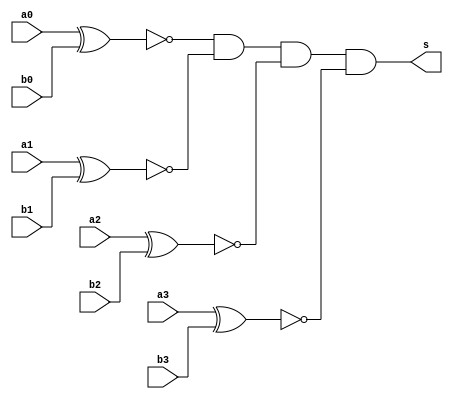
// ------------------------- 
// Exemplo_0807 -   Comparador 
// Nome: Larissa Domingues Gomes 
// -------------------------

// -------------------------
//  comparador para igualdade
// ------------------------- 

module igualdade (output s, input a0, a1, a2, a3, b0, b1, b2, b3);
    
    wire s0, s1, s2, s3;
    
    xnor XNOR0(s0, a0, b0);
    xnor XNOR1(s1, a1, b1);
    xnor XNOR2(s2, a2, b2);
    xnor XNOR3(s3, a3, b3);
    
    assign s = s0 & s1 & s2 & s3;
 
endmodule

// -------------------------
//  comparador para desigualdade
// ------------------------- 
module desigualdade (output s, input a0, a1, a2, a3, b0, b1, b2, b3);
    
    wire s0, s1, s2, s3;
    
    xor XOR0(s0, a0, b0);
    xor XOR1(s1, a1, b1);
    xor XOR2(s2, a2, b2);
    xor XOR3(s3, a3, b3);
    
    assign s = s0 | s1 | s2 | s3;
 
endmodule


module MUX(output s0, input x,y, seletor);
    wire  notseletor, sa1, sa2;
    
    
    not NOT1 (notseletor, seletor);
    and AND1(sa1, x, seletor);
    and AND2(sa2, y, notseletor);
    or OR1  (s0, sa1, sa2);
    
endmodule    



// -------------------------
//  comparador
// ------------------------- 
module comparador (output s, input a0, a1, a2, a3, b0, b1, b2, b3, seletor);
    
    wire d, i;
    
    desigualdade D1(d , a0, a1, a2, a3, b0, b1, b2, b3);
    igualdade I1(i , a0, a1, a2, a3, b0, b1, b2, b3);
    MUX M1(s, d,i, seletor);
    
 
endmodule

module test_igualdade; 
// ------------------------- definir dados       
    reg  [3:0] a;       
    reg  [3:0] b;              
    reg chave;
    wire resp; 
    integer i, j;
 
   comparador Comp(resp, a[0], a[1], a[2], a[3], b[0], b[1], b[2], b[3], chave);
// ------------------------- parte principal  
    initial begin        
        
      
      $display("Exemplo0803 - Larissa Domingues Gomes - 650525");     
      $display("Test LUs igualdade"); 
      
      $display("chave  a    =  b       resp");
      
      $monitor("%b      %b    %b    %b",chave, a, b, resp);
      
    

    for ( i = 0; i < 16; i = i + 1) begin
    for ( j = 0; j < 16; j = j + 1) begin
        #1 a=i; b=j; chave = 1'b0;
    end
    end
   
    for ( i = 0; i < 16; i = i + 1) begin
    for ( j = 0; j < 16; j = j + 1) begin
        #1 a=i; b=j; chave = 1'b1;
    end
    end
   
    end 
 
endmodule // test_igualdade